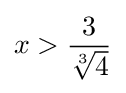
x>{\frac {3}{\sqrt[{3}]{4}}}